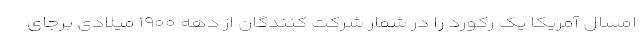
امسال آمریکا یک رکورد را در شمار شرکت کنندگان از دهه ۱۹۰۰ میلادی برجای